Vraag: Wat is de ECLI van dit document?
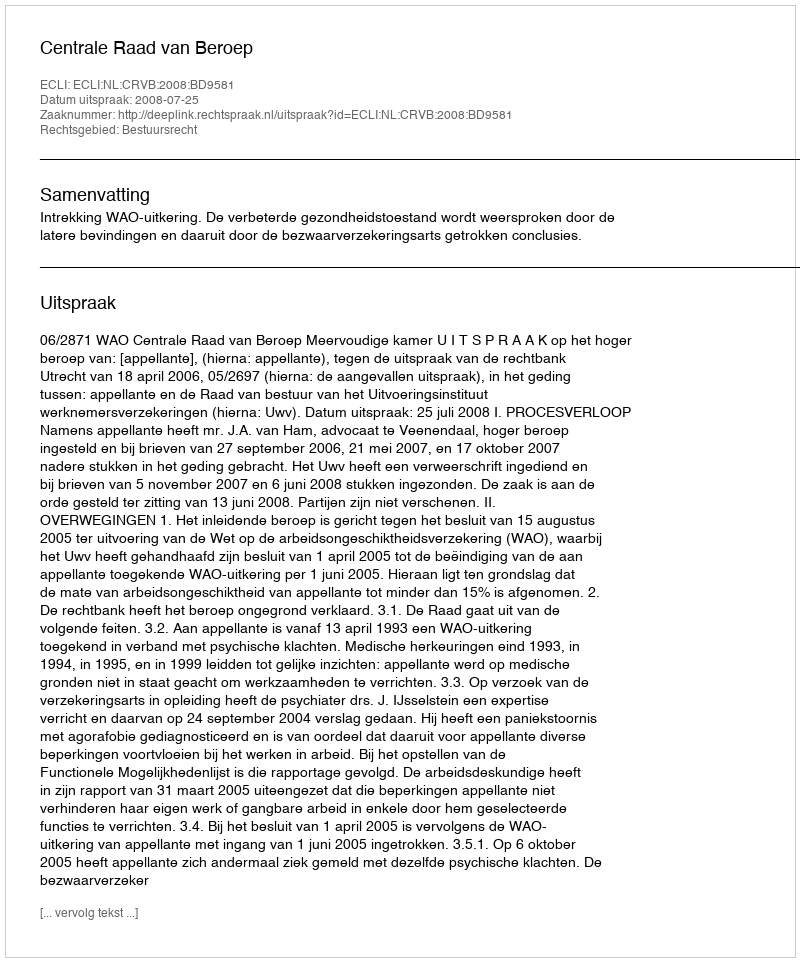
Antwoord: ECLI:NL:CRVB:2008:BD9581